Medical and sanitary report of the native army of Madras for the year
Year: 1872
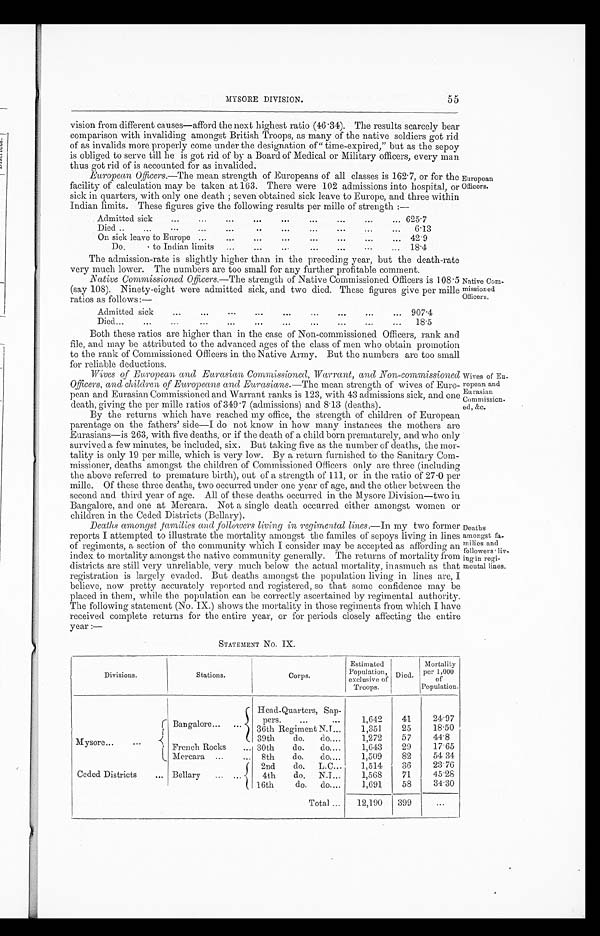
MYSORE DIVISION.
55
vision from different causes—afford the next highest ratio (46.34). The results scarcely bear
comparison with invaliding amongst British Troops, as many of the native soldiers got rid
of as invalids more properly come under the designation of" time-expired," but as the sepoy
is obliged to serve till he is got rid of by a Board of Medical or Military officers, every man
thus got rid of is accounted for as invalided,
European Officers .—The mean strength of Europeans of all classes is 162.7, or for the
facility of calculation may be taken at 163. There were 102 admissions into hospital, or
sick in quarters, with only one death ; seven obtained sick leave to Europe, and three with in
Indian limits. These figures give the following results per mille of strength :—
Admitted sick
...
...
...
...
...
...
...
...
... 625.7
Died ..
...
...
...
...
..
...
...
...
...
6.13
On sick leave to Europe ...
...
...
...
...
...
...
. . . 42.9
Do.
to Indian limits
...
...
...
...
...
...
...
18.4
The admission-rate is slightly higher than in the preceding year, but the death-rate
very much lower. The numbers are too small for any further profitable comment.
Native Commissioned Officers .—The strength of Native Commissioned Officers is 108.5
(say 108). Ninety-eight were admitted sick, and two died. These figures give per mille
ratios as follows:—
Admitted sick ...
...
...
...
...
... 907.4
Died...
...
...
...
...
...
...
...
...
...
...
18.5
European
Officers.
Native Com-
missioned
Officers.
Both these ratios are higher than in the case of Non-commissioned Officers, rank and
file, and may be attributed to the advanced ages of the class of men who obtain promotion
to the rank of Commissioned Officers in the Native Army. But the numbers are too small
for reliable deductions.
Wives of European and Eurasian Commissioned, Warrant , and Non-commissioned
Officers, and children of Europeans and Eurasians .—The mean strength of wives of Euro-
pean and Eurasian Commissioned and Warrant ranks is 123, with 43 admissions sick, and one
death, giving the per mille ratios of 349.7 (admissions) and 8.13 (deaths).
By the returns which have reached my office, the strength of children of European
parentage on the fathers' side—I do not know in how many instances the mothers are
Eurasians—is 263, with five deaths, or if the death of a child born prematurely, and who only
survived a few minutes, be included, six. But taking five as the number of deaths, the mor-
tality is only 19 per mille, which is very low. By a return furnished to the Sanitary Com-
missioner, deaths amongst the children of Commissioned Officers only are three (including
the above referred to premature birth), out of a strength of 111, or in the ratio of 27.0 per
mille. Of these three deaths, two occurred under one year of age, and the other between the
second and third year of age. All of these deaths occurred in the Mysore Division—two in
Bangalore, and one at Mercara. Not a single death occurred either amongst women or
children in the Ceded Districts (Bellary).
Deaths amongst families and followers living in regimental lines .—In my two former
reports I attempted to illustrate the mortality amongst the familes of sepoys living in. lines
of regiments, a section of the community which I consider may be accepted as affording an
index to mortality amongst the native community generally. The returns of mortality from
districts are still very unreliable, very much below the actual mortality, inasmuch as that
registration is largely evaded. But deaths amongst the population living in lines are, I
believe, now pretty accurately reported and registered, so that some confidence may be
placed in them, while the population can be correctly ascertained by regimental authority.
The following statement (No. IX.) shows the mortality in those regiments from which I have
received complete returns for the entire year, or for periods closely affecting the entire
year :—
STATEMENT No. IX.
Divisions.
Stations
Corps .
Estimated
Population,exclusive of
Troops.
Died.
Mortality
per 1,000
of
Population
Mysore...
...
Bangalore..
Head-Quarters, Sap-
pers.
...
. . .
1,642
41
24.97
36th Regiment N.I...
1,351
25
18.50
39th
do.
do....
1,272
57
44.8
French Rocks
... 30th
do.
do....
1,643
29
17.65
Mercara
...
...
8th
do.
do....
1,509
82
54.34
Ceded Districts
... Bellary... ....
2nd
do.
L.C...
1,514
36
23.76
4th
do.
N.I...
1,568
71
45.28
16th
do.
do....
1,691
58
34.30
Total ...
12,190
399
...
Wives of Eu-
ropean and
Eurasian
Commission.
ed, &c.
Deaths
amongst fa
milies and
followers .
living in regi-
mental lines.